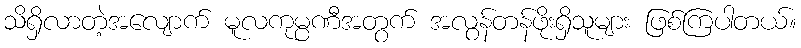
သိရှိလာတဲ့အလျောက် မူလကုမ္ပဏီအတွက် အလွန်တန်ဖိုးရှိသူများ ဖြစ်ကြပါတယ်။